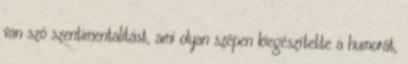
van szó szentimentalitást, ami olyan szépen kiegészítette a humorát,